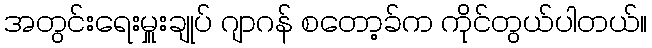
အတွင်းရေးမှူးချုပ် ဂျာဂန် စတော့ခ်က ကိုင်တွယ်ပါတယ်။